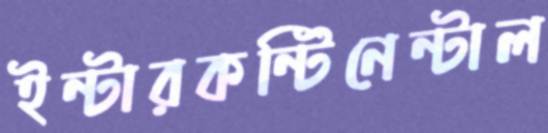
ইন্টারকন্টিনেন্টাল